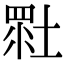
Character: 𡎯